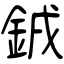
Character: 銊